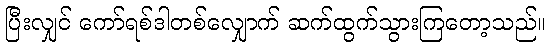
ပြီးလျှင် ကော်ရစ်ဒါတစ်လျှောက် ဆက်ထွက်သွားကြတော့သည်။